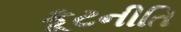
કૂટનીતિ